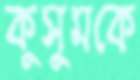
কুসুমকে